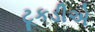
ટૂકડીએ